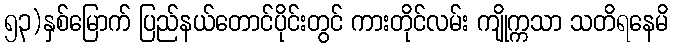
၅၃)နှစ်မြောက် ပြည်နယ်တောင်ပိုင်းတွင် ကားတိုင်လမ်း ကျိုက္ကသာ သတိရနေမိ